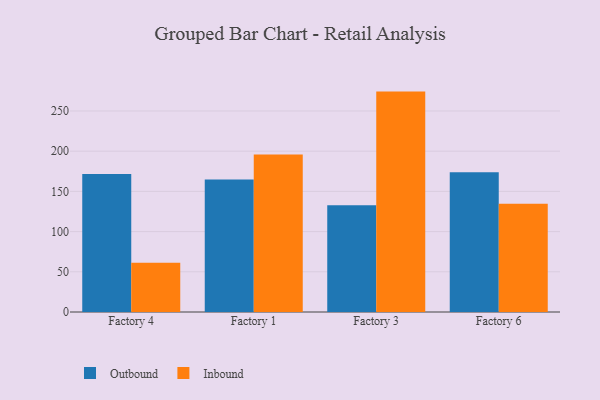
{"axis": {"x": "Factory", "y": "Market Share (%)"}, "legend": ["Inbound", "Outbound"], "data": [{"x": "Factory 4", "y": 171.7, "type": "Outbound"}, {"x": "Factory 4", "y": 61.4, "type": "Inbound"}, {"x": "Factory 1", "y": 164.8, "type": "Outbound"}, {"x": "Factory 1", "y": 195.8, "type": "Inbound"}, {"x": "Factory 3", "y": 132.9, "type": "Outbound"}, {"x": "Factory 3", "y": 274.1, "type": "Inbound"}, {"x": "Factory 6", "y": 173.7, "type": "Outbound"}, {"x": "Factory 6", "y": 134.6, "type": "Inbound"}]}